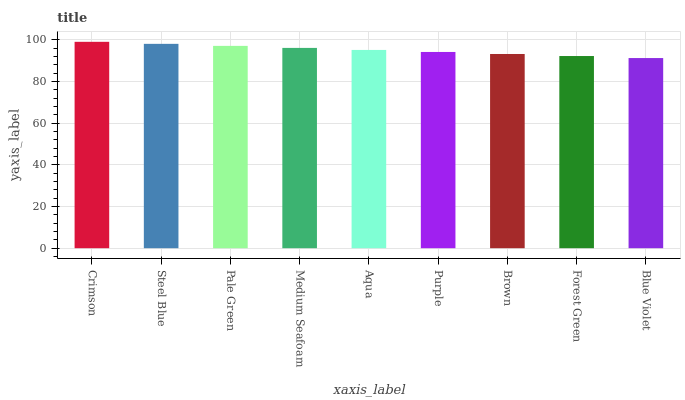
| xaxis_label | bars |
 | --- | --- |
 | Crimson | 99 |
 | Steel Blue | 98 |
 | Pale Green | 97.1 |
 | Medium Seafoam | 96.1 |
 | Aqua | 95.1 |
 | Purple | 94.1 |
 | Brown | 93.2 |
 | Forest Green | 92.2 |
 | Blue Violet | 91.2 |